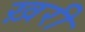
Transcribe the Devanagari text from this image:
ख़री